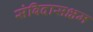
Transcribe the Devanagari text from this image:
संविदासक्षम